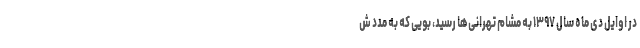
در اوایل دی ماه سال ۱۳۹۷ به مشام تهرانی‌ها رسید، بویی که به مدد ش